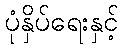
ပုံနှိပ်ရေးနှင့်